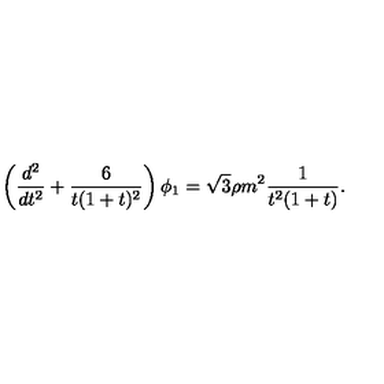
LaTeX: \left( \frac { d ^ { 2 } } { d t ^ { 2 } } + \frac { 6 } { t ( 1 + t ) ^ { 2 } } \right) \phi _ { 1 } = \sqrt { 3 } \rho m ^ { 2 } \frac { 1 } { t ^ { 2 } ( 1 + t ) } .